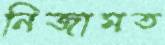
নিজামত